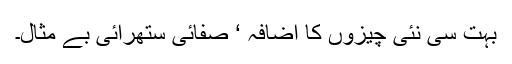
بہت سی نئی چیزوں کا اضافہ ‘ صفائی ستھرائی بے مثال۔